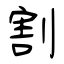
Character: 割